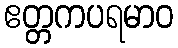
ဧတ္တကပရမာဝ